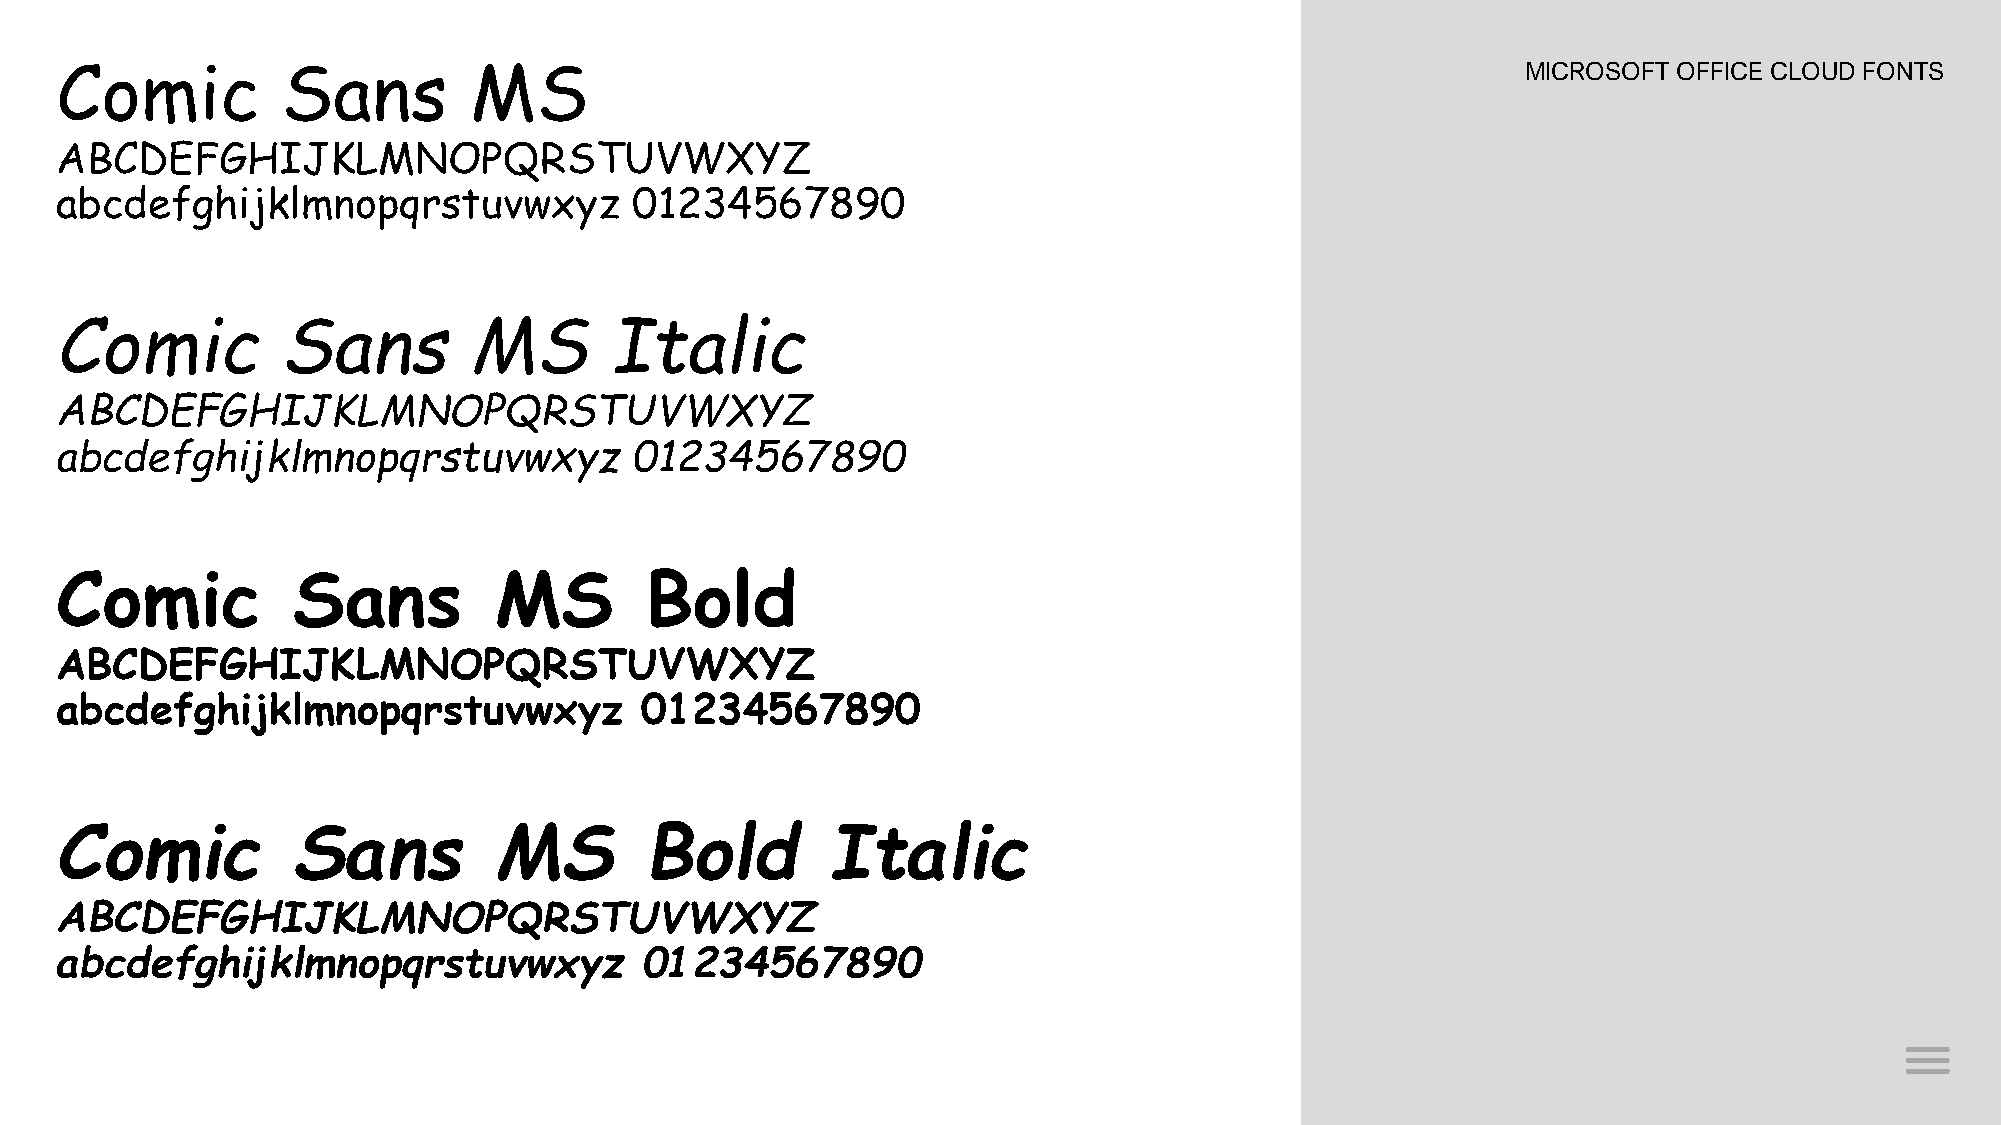
Comic          Sans        MS                                                                    MICROSOFT OFFICE CLOUD FONTS
 ABCDEFGHIJKLMNOPQRSTUVWXYZ
 abcdefghijklmnopqrstuvwxyz            01234567890
 Comic          Sans        MS       Italic
 ABCDEFGHIJKLMNOPQRSTUVWXYZ
 abcdefghijklmnopqrstuvwxyz            01234567890
 Comic          Sans          MS        Bold
 ABCDEFGHIJKLMNOPQRSTUVWXYZ
 abcdefghijklmnopqrstuvwxyz            01234567890
 Comic          Sans          MS        Bold        Italic
 ABCDEFGHIJKLMNOPQRSTUVWXYZ
 abcdefghijklmnopqrstuvwxyz            01234567890